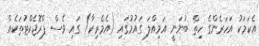
އެކަމަކު އަހަރެންގެ ހިތް ބުނަނީ އަމިއްލަ ގައުމުގައި (އެމެރިކާ) ގައި ވެސް ޕްރޮޖެކްޓުތަކެއް